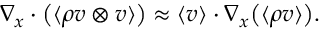
\nabla _ { \boldsymbol { x } } \cdot \big ( \langle \rho \boldsymbol { v } \otimes \boldsymbol { v } \rangle \big ) \approx \langle \boldsymbol { v } \rangle \cdot \nabla _ { \boldsymbol { x } } \big ( \langle \rho \boldsymbol { v } \rangle \big ) .